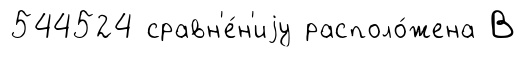
544524 сравн'е́н'иjу располо́жена В